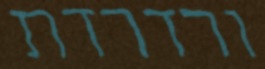
ורדרדת